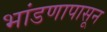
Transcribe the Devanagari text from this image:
भांडणापासून